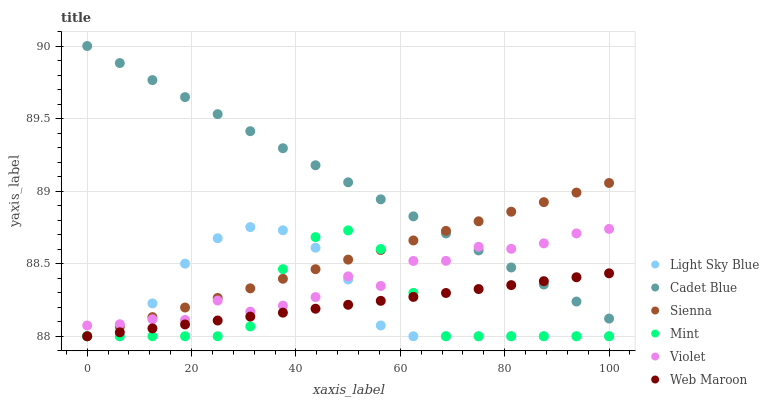
| xaxis_label | Light Sky Blue | Cadet Blue | Sienna | Mint | Violet | Web Maroon |
 | --- | --- | --- | --- | --- | --- | --- |
 | 0 | 88 | 90 | 88 | 88 | 88.1 | 88 |
 | 6.25 | 88 | 89.9 | 88.1 | 88 | 88.1 | 88 |
 | 12.5 | 88.2 | 89.8 | 88.1 | 88 | 88.1 | 88.1 |
 | 18.8 | 88.5 | 89.6 | 88.2 | 88 | 88.1 | 88.1 |
 | 25 | 88.7 | 89.5 | 88.3 | 88 | 88.2 | 88.1 |
 | 31.2 | 88.8 | 89.4 | 88.3 | 88.1 | 88.2 | 88.1 |
 | 37.5 | 88.7 | 89.3 | 88.4 | 88.5 | 88.2 | 88.2 |
 | 43.8 | 88.6 | 89.2 | 88.5 | 88.7 | 88.3 | 88.2 |
 | 50 | 88.4 | 89.1 | 88.5 | 88.7 | 88.4 | 88.2 |
 | 56.2 | 88.1 | 88.9 | 88.6 | 88.6 | 88.3 | 88.2 |
 | 62.5 | 88 | 88.8 | 88.7 | 88.3 | 88.5 | 88.3 |
 | 68.8 | 88 | 88.7 | 88.7 | 88 | 88.5 | 88.3 |
 | 75 | 88 | 88.6 | 88.8 | 88 | 88.6 | 88.3 |
 | 81.2 | 88 | 88.5 | 88.9 | 88 | 88.6 | 88.4 |
 | 87.5 | 88 | 88.4 | 88.9 | 88 | 88.6 | 88.4 |
 | 93.8 | 88 | 88.2 | 89 | 88 | 88.7 | 88.4 |
 | 100 | 88 | 88.1 | 89.1 | 88 | 88.7 | 88.4 |